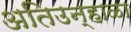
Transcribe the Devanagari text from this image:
अतिउन्हाळा